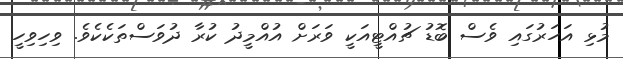
މުޅި އަހަރުގައި ވެސް ބޮޑު ޗުއްޓީއަކީ ވަރަށް އުއްމީދު ކުރާ ދުވަސްތަަކެކެވެ. ވިހިވިހީ